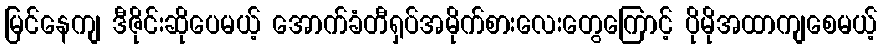
မြင်နေကျ ဒီဇိုင်းဆိုပေမယ့် အောက်ခံတီရှပ်အမိုက်စားလေးတွေကြောင့် ပိုမိုအထာကျစေမယ့်